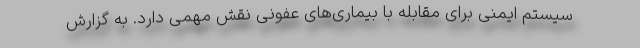
سیستم ایمنی برای مقابله با بیماری‌های عفونی نقش مهمی دارد. به گزارش